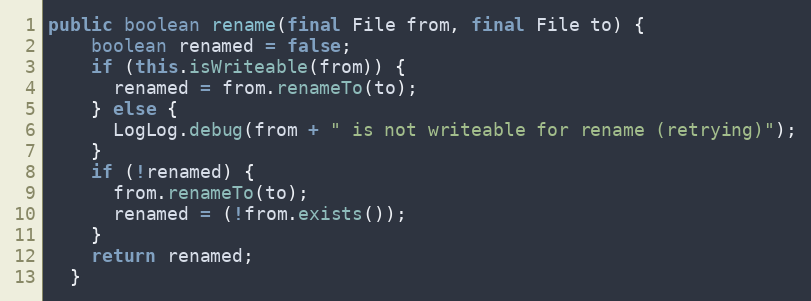
Language: Java
public boolean rename(final File from, final File to) {
    boolean renamed = false;
    if (this.isWriteable(from)) {
      renamed = from.renameTo(to);
    } else {
      LogLog.debug(from + " is not writeable for rename (retrying)");
    }
    if (!renamed) {
      from.renameTo(to);
      renamed = (!from.exists());
    }
    return renamed;
  }